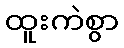
ထူးကဲစွာ